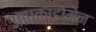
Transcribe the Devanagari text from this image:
आपकाडोमेन